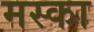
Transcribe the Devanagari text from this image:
मस्का